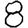
Digit: 8